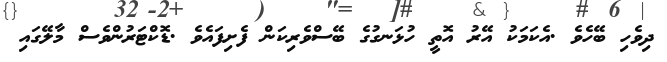
ދިވެހި ބޭހެވެ .އެކަމަކު އޭރު އޮތީ ހުޅަނގުގެ ބޭސްވެރިކަން ފެށިފައެވެ .ޑޮކްޓަރުންވެސް މާލޭގައި